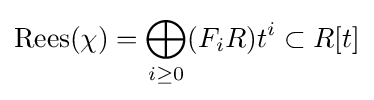
\operatorname {Rees} (\chi )=\bigoplus _{i\geq 0}(F_{i}R)t^{i}\subset R[t]